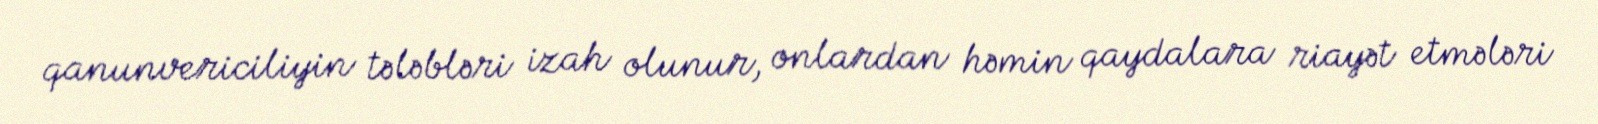
qanunvericiliyin tələbləri izah olunur, onlardan həmin qaydalara riayət etmələri